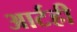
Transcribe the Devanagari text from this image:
आर्टही